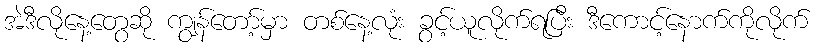
အဲဒီလိုနေ့တွေဆို ကျွန်တော့်မှာ တစ်နေ့လုံး ခွင့်ယူလိုက်ရပြီး ဒီကောင့်နောက်ကိုလိုက်